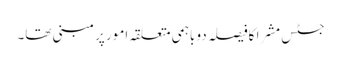
جسٹس مشرا کافیصلہ دو باہمی متعلقہ امور پر مبنی تھا۔